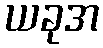
ယခုအ